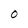
Character: O